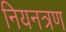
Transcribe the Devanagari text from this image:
नियनत्रण